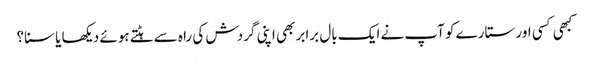
کبھی کسی اور ستارے کو آپ نے ایک بال برابر بھی اپنی گردش کی راہ سے ہٹتے ہوئے دیکھا یا سنا؟